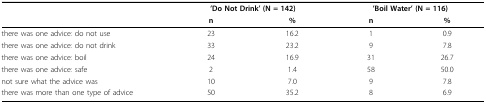
<table><thead><tr><td></td><td colspan="2"><b>&#x27;Do Not Drink&#x27; (N = 142)</b></td><td colspan="2"><b>&#x27;Boil Water&#x27; (N = 116)</b></td></tr><tr><td></td><td><b>n</b></td><td><b>%</b></td><td><b>n</b></td><td><b>%</b></td></tr></thead><tbody><tr><td>there was one advice: do not use</td><td>23</td><td>16.2</td><td>1</td><td>0.9</td></tr><tr><td>there was one advice: do not drink</td><td>33</td><td>23.2</td><td>9</td><td>7.8</td></tr><tr><td>there was one advice: boil</td><td>24</td><td>16.9</td><td>31</td><td>26.7</td></tr><tr><td>there was one advice: safe</td><td>2</td><td>1.4</td><td>58</td><td>50.0</td></tr><tr><td>not sure what the advice was</td><td>10</td><td>7.0</td><td>9</td><td>7.8</td></tr><tr><td>there was more than one type of advice</td><td>50</td><td>35.2</td><td>8</td><td>6.9</td></tr></tbody></table>